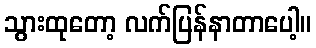
သွားထုတော့ လက်ပြန်နာတာပေါ့။